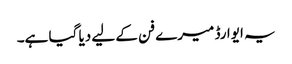
یہ ایوارڈ میرے فن کے لیے دیا گیا ہے۔